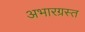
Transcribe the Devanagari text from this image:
अभारग्रस्त